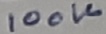
Text: 100K